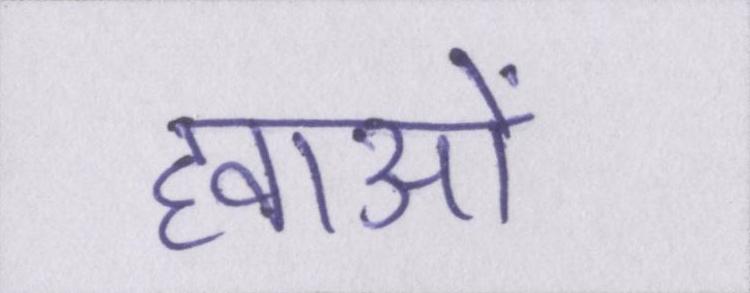
हवाओं